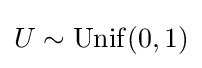
{\textstyle U\sim \mathrm {Unif} (0,1)}